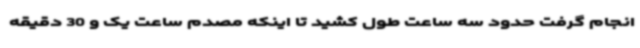
انجام گرفت حدود سه ساعت طول کشید تا اینکه مصدم ساعت یک و 30 دقیقه